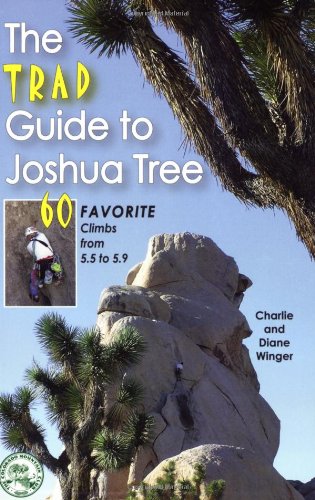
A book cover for The Trad Guide to Joshua Tree: 60 Favorite Climbs from 5.5 to 5.9; Charlie Winger; Sports & Outdoors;